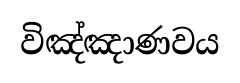
විඤ්ඤාණවය